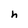
Character: h